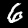
Label: 6